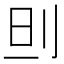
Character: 𠛣